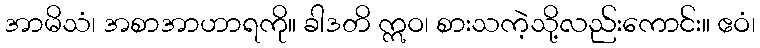
အာမိသံ၊ အစာအာဟာရကို။ ခါဒတိ ဣဝ၊ စားသကဲ့သို့လည်းကောင်း။ ဧဝံ၊